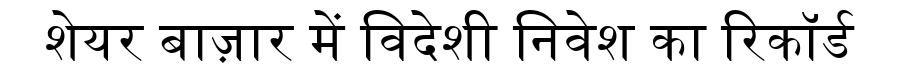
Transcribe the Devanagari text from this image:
शेयर बाज़ार में विदेशी निवेश का रिकॉर्ड